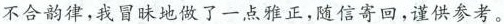
不合韵律，我冒昧地做了一点雅正，随信寄回，谨供参考。